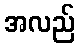
အလည်